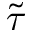
\tilde { \tau }